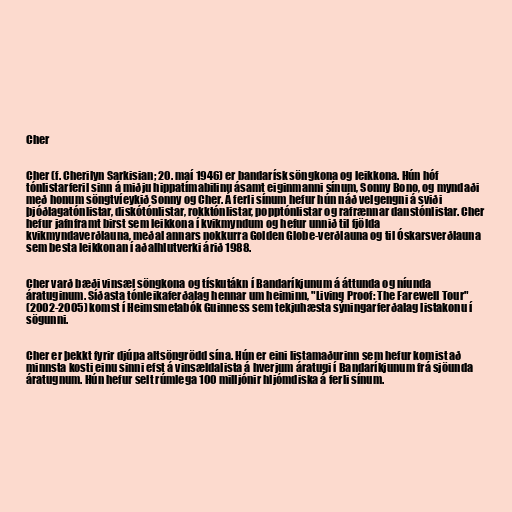
Cher

Cher (f. Cherilyn Sarkisian; 20. maí 1946) er bandarísk söngkona og leikkona. Hún hóf
tónlistarferil sinn á miðju hippatímabilinu ásamt eiginmanni sínum, Sonny Bono, og myndaði
með honum söngtvíeykið Sonny og Cher. Á ferli sínum hefur hún náð velgengni á sviði
þjóðlagatónlistar, diskótónlistar, rokktónlistar, popptónlistar og rafrænnar danstónlistar. Cher
hefur jafnframt birst sem leikkona í kvikmyndum og hefur unnið til fjölda
kvikmyndaverðlauna, meðal annars nokkurra Golden Globe-verðlauna og til Óskarsverðlauna
sem besta leikkonan í aðalhlutverki árið 1988.

Cher varð bæði vinsæl söngkona og tískutákn í Bandaríkjunum á áttunda og níunda
áratuginum. Síðasta tónleikaferðalag hennar um heiminn, "Living Proof: The Farewell Tour"
(2002-2005) komst í Heimsmetabók Guinness sem tekjuhæsta sýningarferðalag listakonu í
sögunni.

Cher er þekkt fyrir djúpa altsöngrödd sína. Hún er eini listamaðurinn sem hefur komist að
minnsta kosti einu sinni efst á vinsældalista á hverjum áratugi í Bandaríkjunum frá sjöunda
áratugnum. Hún hefur selt rúmlega 100 milljónir hljómdiska á ferli sínum.